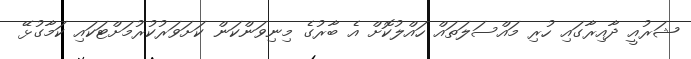
ޝަރުއީ ދާއިރާގައި ހުރި މައްސަލަތައް ހައްލުކޮށް އެ ބާރުގެ މިނިވަންކަން ކަށަވަރުކުރުމަށްޓަކައި ކަމާގުޅޭ